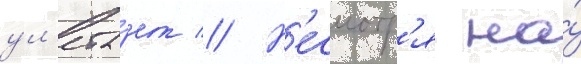
ул'ета́ет // Н'есмотр'я на́